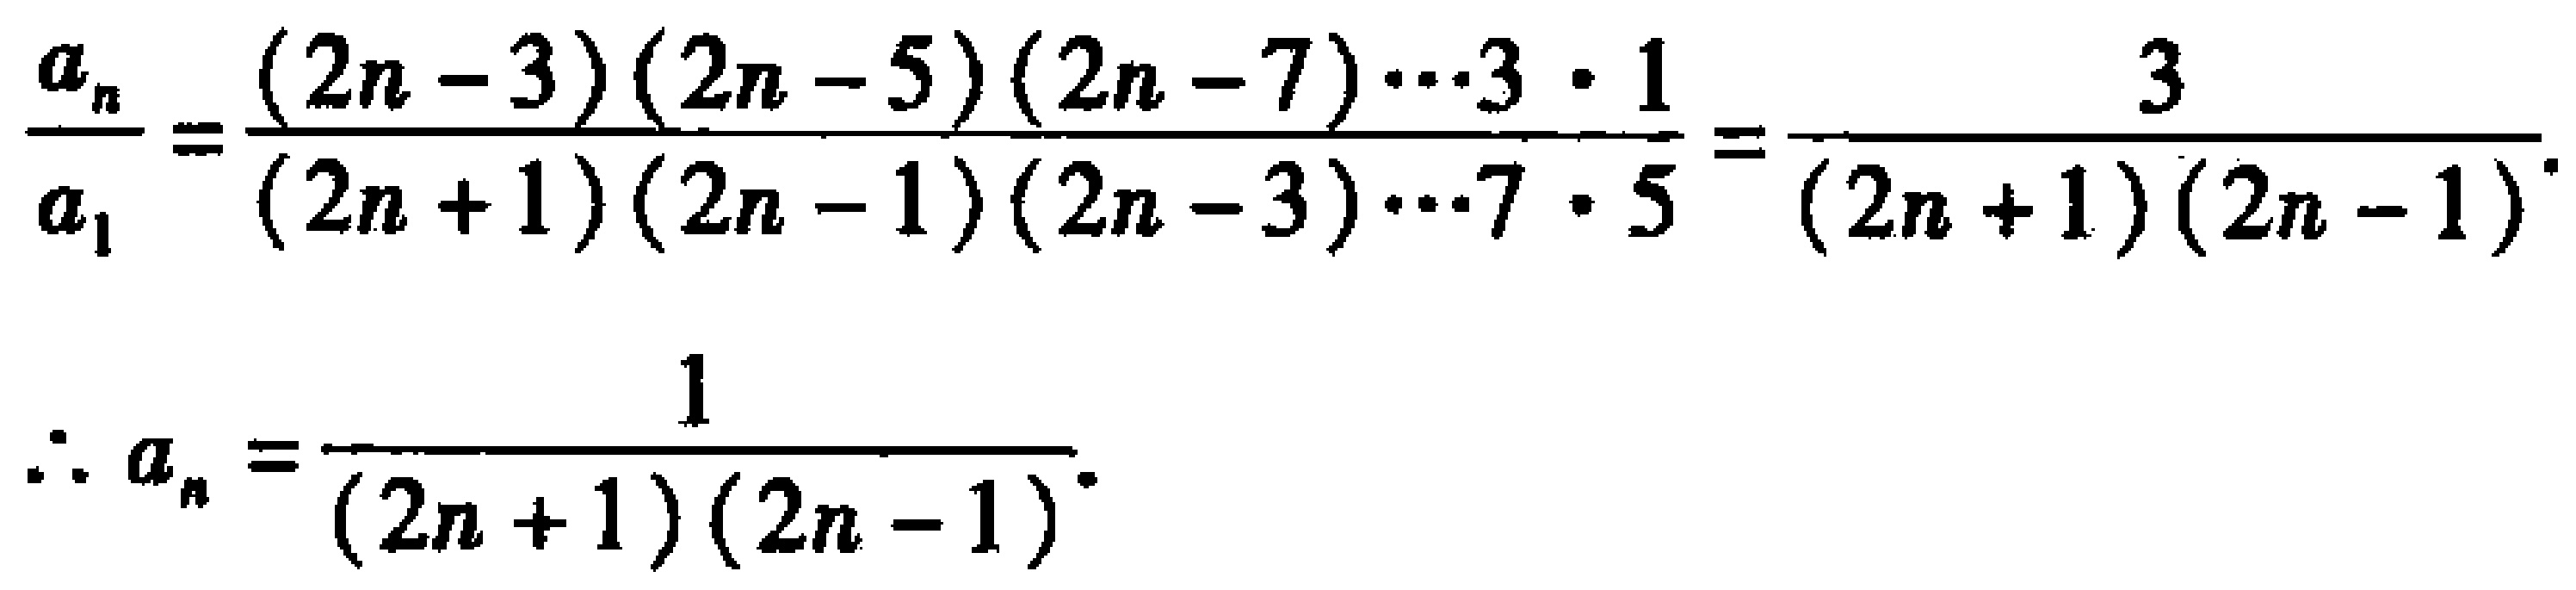
\[

\frac{a_{n}}{a_{1}}=\frac{(2n - 3)(2n - 5)(2n - 7)\cdots3\cdot1}{(2n + 1)(2n - 1)(2n - 3)\cdots7\cdot5}=\frac{3}{(2n + 1)(2n - 1)}.

\]

\[

\therefore a_{n}=\frac{1}{(2n + 1)(2n - 1)}.

\]